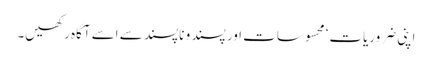
اپنی ضروریات‘ محسوسات اور پسند و ناپسند سے اسے آگاہ رکھیں۔